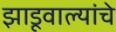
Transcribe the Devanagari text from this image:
झाडूवाल्यांचे